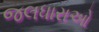
જલધારાઓ